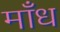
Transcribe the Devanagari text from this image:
माँध